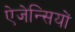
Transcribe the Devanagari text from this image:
ऐजेन्सियों